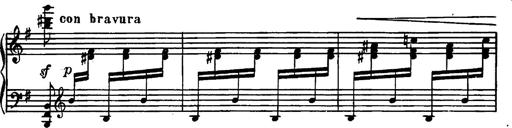
Title: Magyar rapszÃ³diÃ¡k
Composer: Franz Liszt